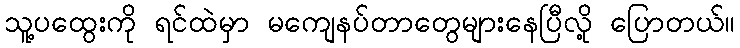
သူ့ပထွေးကို ရင်ထဲမှာ မကျေနပ်တာတွေများနေပြီလို့ ပြောတယ်။